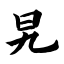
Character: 旯